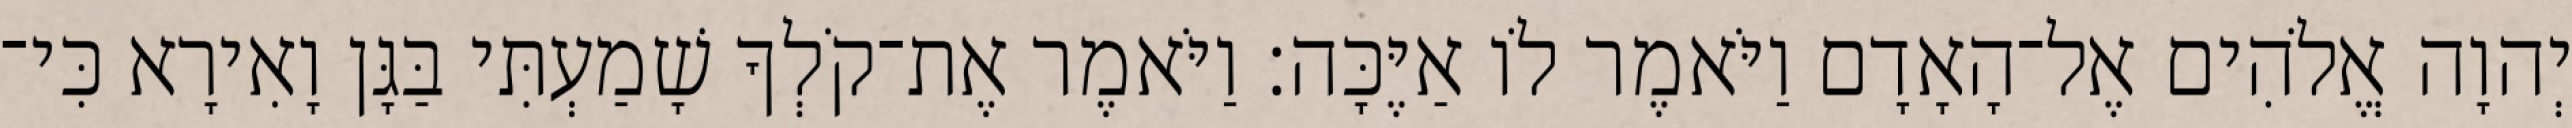
יְהוָה אֱלֹהִים אֶל־הָאָדָם וַיֹּאמֶר לֹו אַיֶּכָּה׃ וַיֹּאמֶר אֶת־קֹלְךָ שָׁמַעְתִּי בַּגָּן וָאִירָא כִּי־